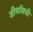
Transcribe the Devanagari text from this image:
डीमॉसची